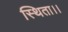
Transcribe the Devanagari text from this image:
स्थिता।।